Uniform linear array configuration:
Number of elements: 12
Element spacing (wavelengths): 0.5
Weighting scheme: hann
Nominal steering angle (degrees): -45
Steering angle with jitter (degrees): -45.742
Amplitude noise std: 0.05
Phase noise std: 0.05

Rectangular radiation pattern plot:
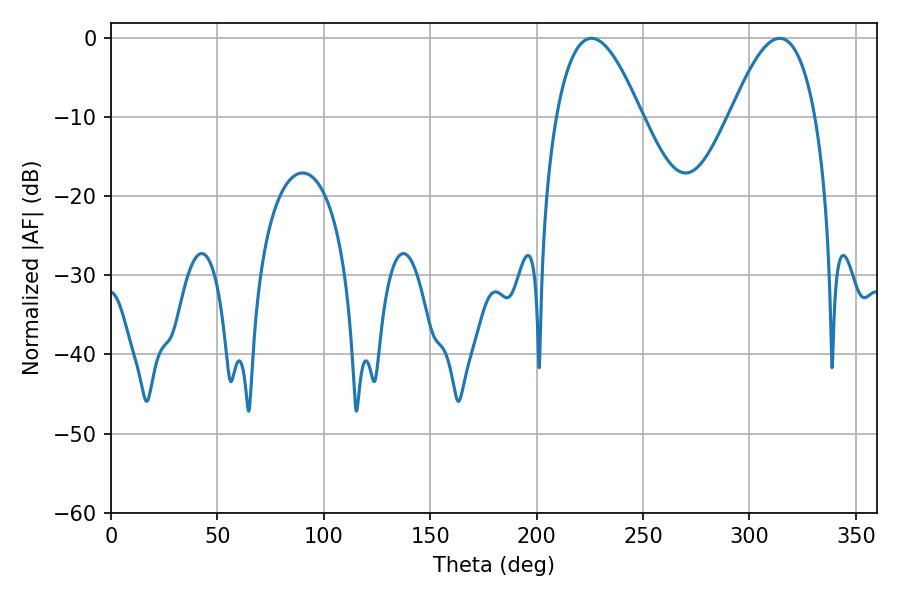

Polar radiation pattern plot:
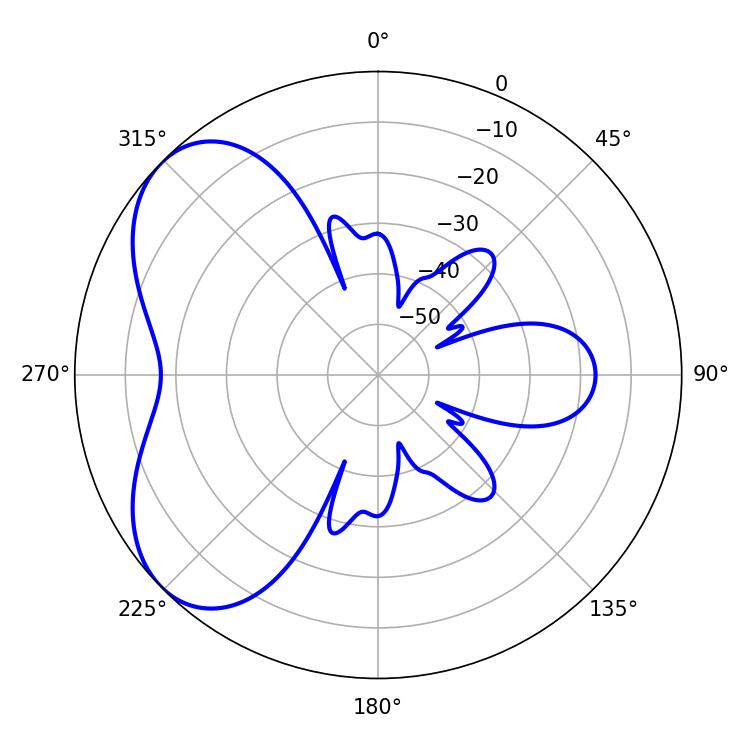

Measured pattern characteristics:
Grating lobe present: FALSE
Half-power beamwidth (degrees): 21.78
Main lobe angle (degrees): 225.72